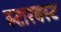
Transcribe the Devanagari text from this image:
स्टारबस्ट